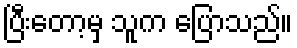
ပြီးတော့မှ သူက ပြောသည်။